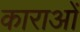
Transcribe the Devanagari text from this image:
काराओं